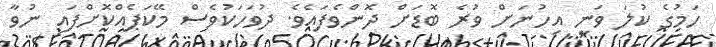
ހަމުގެ ކުލަ ވަނީ އިހުނަށް ވުރެ ބޮޑަށް ދޮންވެފައެވެ. ދުވަހަކުވެސް މޭކަޕެއްކޮށްފައި ނުވާ